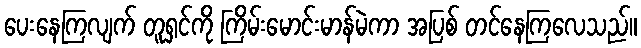
ပေးနေကြလျက် တူရှင်ကို ကြိမ်းမောင်းမာန်မဲကာ အပြစ် တင်နေကြလေသည်။